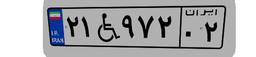
۲۹W۹۸۰۱۰